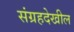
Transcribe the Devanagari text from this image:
संग्रहदेखील